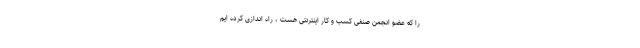
را که عضو انجمن صنفی کسب و کار اینترنتی هست ، راه اندازی کرده ایم